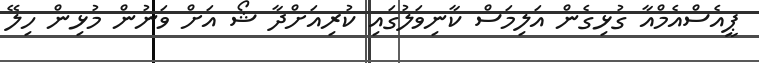
ޕީއެސްއެމްއާ ގުޅިގެން އަލިމަސް ކާނިވަލުގައި ކުރިއަށްދާ ޝޯ އަށް ވަނުން މުޅިން ހިލޭ